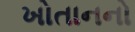
ખોતાનનો